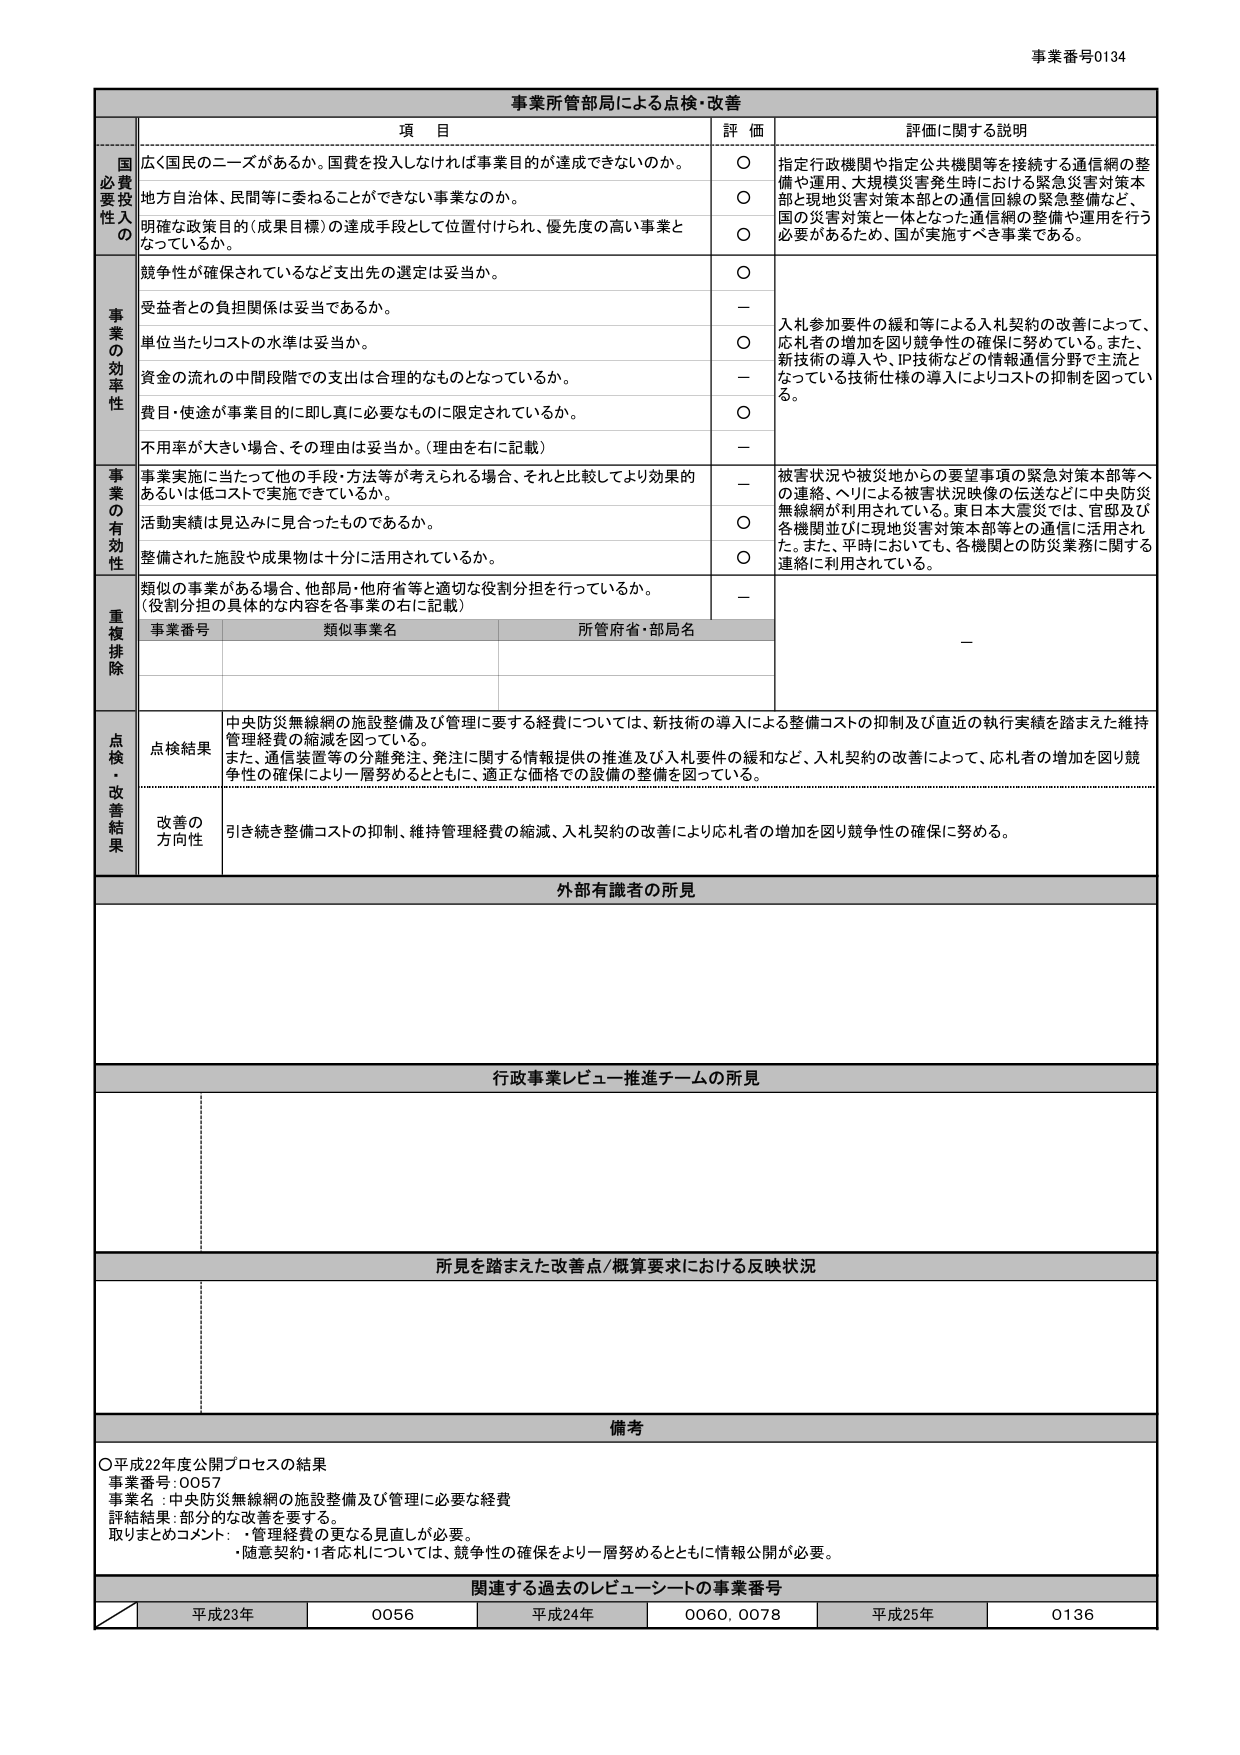
事業番号0134

事業所管部局による点検・改善

項 目 評 価 評価に関する説明

必要性・投入の
広く国民のニーズがあるか。国費を投入しなければ事業目的が達成できないのか。 ○ 指定行政機関や指定公共機関等を接続する通信網の整備や運用、大規模災害発生時における緊急災害対策本部と現地災害対策本部との通信回線の緊急整備など、国の災害対策と一体となった通信網の整備や運用を行う必要があるため、国が実施すべき事業である。
地方自治体、民間等に委ねることができない事業なのか。 ○
明確な政策目的（成果目標）の達成手段として位置付けられ、優先度の高い事業となっているか。 ○

事業の効率性
競争性が確保されているなど支出先の選定は妥当か。 ○
受益者との負担関係は妥当であるか。 － 入札参加要件の緩和等による入札契約の改善によって、応札者の増加を図り競争性の確保に努めている。また、新技術の導入や、IP技術などの情報通信分野で主流となっている技術仕様の導入によりコストの抑制を図っている。
単位当たりコストの水準は妥当か。 ○
資金の流れの中間段階での支出は合理的なものとなっているか。 －
費目・使途が事業目的に即し真に必要なものに限定されているか。 ○
不⽤率が大きい場合、その理由は妥当か。（理由を右に記載） －

事業の有効性
事業実施に当たって他の手段・方法等が考えられる場合、それと比較してより効果的あるいは低コストで実施できているか。 － 被害状況や被災地からの要望事項の緊急対策本部等への連絡、ヘリによる被害状況映像の伝送などに中央防災無線網が利用されている。東日本大震災では、官邸及び各機関並びに現地災害対策本部等との通信に活用された。また、平時においても、各機関との防災業務に関する連絡に利用されている。
活動実績は見込みに見合ったものであるか。 ○
整備された施設や成果物は十分に活用されているか。 ○

重複排除
類似の事業がある場合、他部局・他府省等と適切な役割分担を行っているか。（役割分担の具体的な内容を各事業の右に記載） －
事業番号 類似事業名 所管府省・部局名 －

点検・改善結果
点検結果 中央防災無線網の施設整備及び管理に要する経費については、新技術の導入による整備コストの抑制及び直近の執行実績を踏まえた維持管理経費の縮減を図っている。また、通信装置等の分離発注、発注に関する情報提供の推進及び入札要件の緩和など、入札契約の改善によって、応札者の増加を図り競争性の確保により一層努めるとともに、適正な価格での設備の整備を図っている。
改善の方向性 引き続き整備コストの抑制、維持管理経費の縮減、入札契約の改善により応札者の増加を図り競争性の確保に努める。

外部有識者の所見

行政事業レビュー推進チームの所見

所見を踏まえた改善点/概算要求における反映状況

備考
○平成22年度公開プロセスの結果
事業番号：0057
事業名：中央防災無線網の施設整備及び管理に必要な経費
評価結果：部分的な改善を要する。
取りまとめコメント：・管理経費の更なる見直しが必要。
・随意契約・1者応札については、競争性の確保をより一層努めるとともに情報公開が必要。

関連する過去のレビューシートの事業番号
平成23年 0056 平成24年 0060, 0078 平成25年 0136